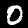
Digit: 0